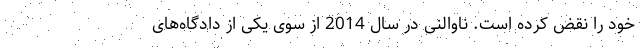
خود را نقض کرده است. ناوالنی در سال 2014 از سوی یکی از دادگاه‌های